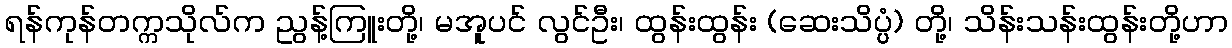
ရန်ကုန်တက္ကသိုလ်က ညွန့်ကြူးတို့၊ မအူပင် လွင်ဦး၊ ထွန်းထွန်း (ဆေးသိပ္ပ္ပံ) တို့၊ သိန်းသန်းထွန်းတို့ဟာ